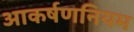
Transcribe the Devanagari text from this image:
आकर्षणनियम